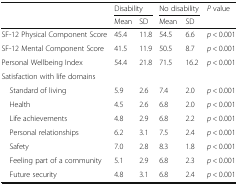
<table><thead><tr><td rowspan="2">[EMPTY_CELL]</td><td colspan="2"><b>Disability</b></td><td colspan="2"><b>No disability</b></td><td rowspan="2"><b><i>P</i> value</b></td></tr><tr><td><b>Mean</b></td><td><b>SD</b></td><td><b>Mean</b></td><td><b>SD</b></td></tr></thead><tbody><tr><td>SF-12 Physical Component Score</td><td>45.4</td><td>11.8</td><td>54.5</td><td>6.6</td><td><i>p</i> &lt; 0.001</td></tr><tr><td>SF-12 Mental Component Score</td><td>41.5</td><td>11.9</td><td>50.5</td><td>8.7</td><td><i>p</i> &lt; 0.001</td></tr><tr><td>Personal Wellbeing Index</td><td>54.4</td><td>21.8</td><td>71.5</td><td>16.2</td><td><i>p</i> &lt; 0.001</td></tr><tr><td colspan="6">Satisfaction with life domains</td></tr><tr><td> Standard of living</td><td>5.9</td><td>2.6</td><td>7.4</td><td>2.0</td><td><i>p</i> &lt; 0.001</td></tr><tr><td> Health</td><td>4.5</td><td>2.6</td><td>6.8</td><td>2.0</td><td><i>p</i> &lt; 0.001</td></tr><tr><td> Life achievements</td><td>4.8</td><td>2.9</td><td>6.8</td><td>2.2</td><td><i>p</i> &lt; 0.001</td></tr><tr><td> Personal relationships</td><td>6.2</td><td>3.1</td><td>7.5</td><td>2.4</td><td><i>p</i> &lt; 0.001</td></tr><tr><td> Safety</td><td>7.0</td><td>2.8</td><td>8.3</td><td>1.8</td><td><i>p</i> &lt; 0.001</td></tr><tr><td> Feeling part of a community</td><td>5.1</td><td>2.9</td><td>6.8</td><td>2.3</td><td><i>p</i> &lt; 0.001</td></tr><tr><td> Future security</td><td>4.8</td><td>3.1</td><td>6.8</td><td>2.4</td><td><i>p</i> &lt; 0.001</td></tr></tbody></table>